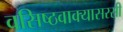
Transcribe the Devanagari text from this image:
वसिष्ठवाक्यासरसी